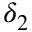
\delta _ { 2 }